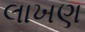
લાખણ